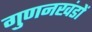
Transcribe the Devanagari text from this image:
गुणनखंडों